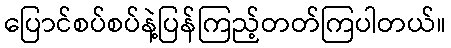
ပြောင်စပ်စပ်နဲ့ပြန်ကြည့်တတ်ကြပါတယ်။